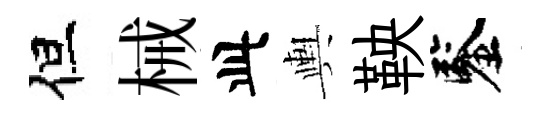
但械此輿鞅鑒